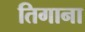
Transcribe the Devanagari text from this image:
तिगाना